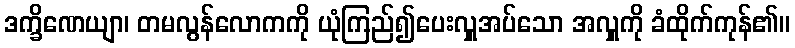
ဒက္ခိဏေယျာ၊ တမလွန်လောကကို ယုံကြည်၍ပေးလှူအပ်သော အလှူကို ခံထိုက်ကုန်၏။